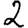
Digit: 2